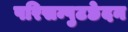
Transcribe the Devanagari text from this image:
परिसम्पुटछेदन